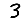
Digit: 3